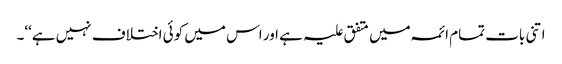
اتنی بات تمام ائمہ میں متفق علیہ ہے اور اس میں کوئی اختلاف نہیں ہے‘‘۔